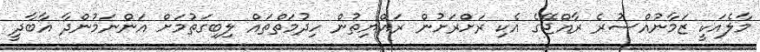
މާލެއަކީ ޒަމާނުއްސުރެ ރާއްޖޭގެ އެކި ރަށްރަށުން ރައްޔިތުން ހިދުމަތްތައް ލިބިގަތުމަށް އަންނަމުންދާ އާބާދީ